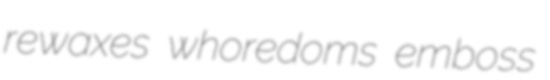
rewaxes whoredoms emboss